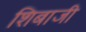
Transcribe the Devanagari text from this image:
शिबाजी